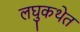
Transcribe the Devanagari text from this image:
लघुकथेत